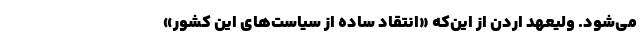
می‌شود. ولیعهد اردن از این‌که «انتقاد ساده از سیاست‌های این کشور»